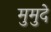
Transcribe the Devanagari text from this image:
मुमुदे